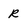
Character: R